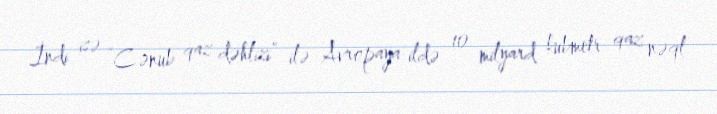
İndi isə “Cənub qaz dəhlizi” ilə Avropaya ildə 10 milyard kubmetr qaz nəql